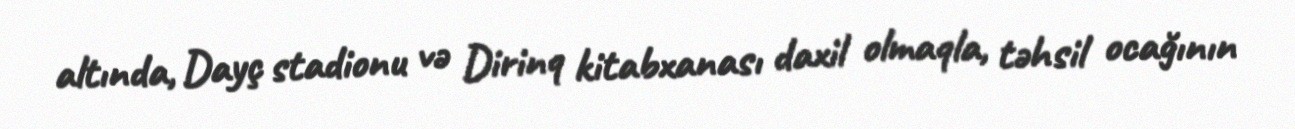
altında, Dayç stadionu və Dirinq kitabxanası daxil olmaqla, təhsil ocağının